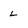
Character: l